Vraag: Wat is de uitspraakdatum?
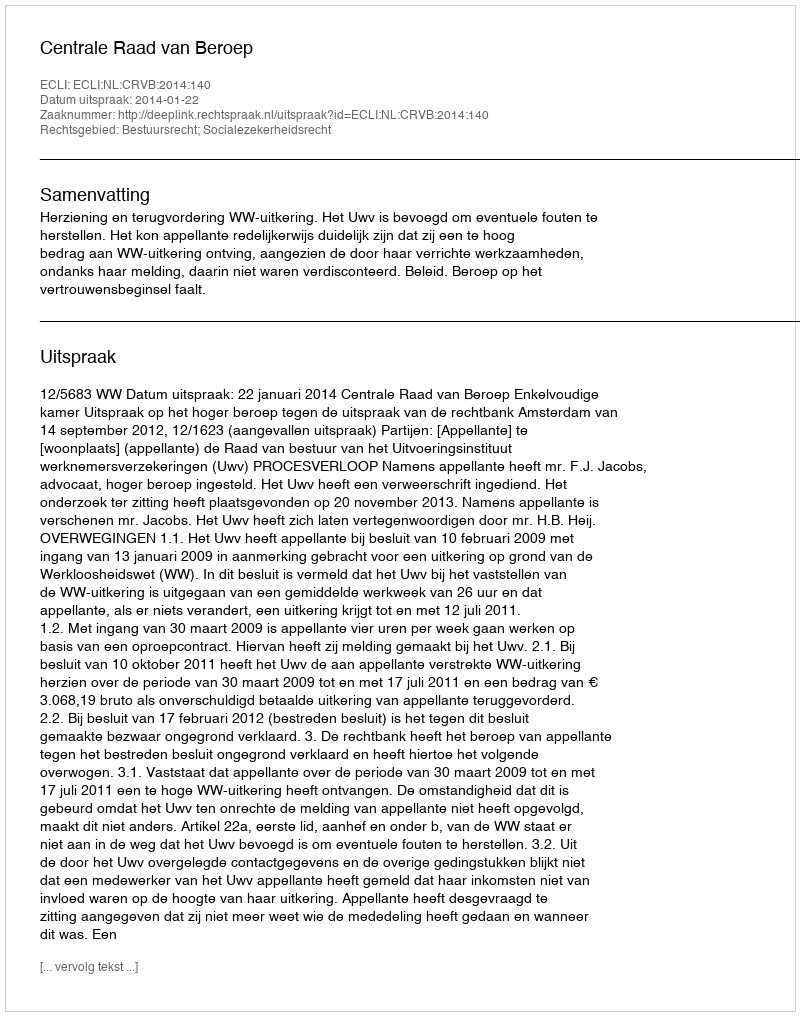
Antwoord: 2014-01-22